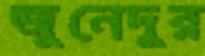
জুনেদুর